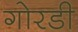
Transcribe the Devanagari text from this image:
गोरडी